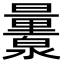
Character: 𬉨